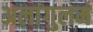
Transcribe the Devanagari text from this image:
अलांगुलम